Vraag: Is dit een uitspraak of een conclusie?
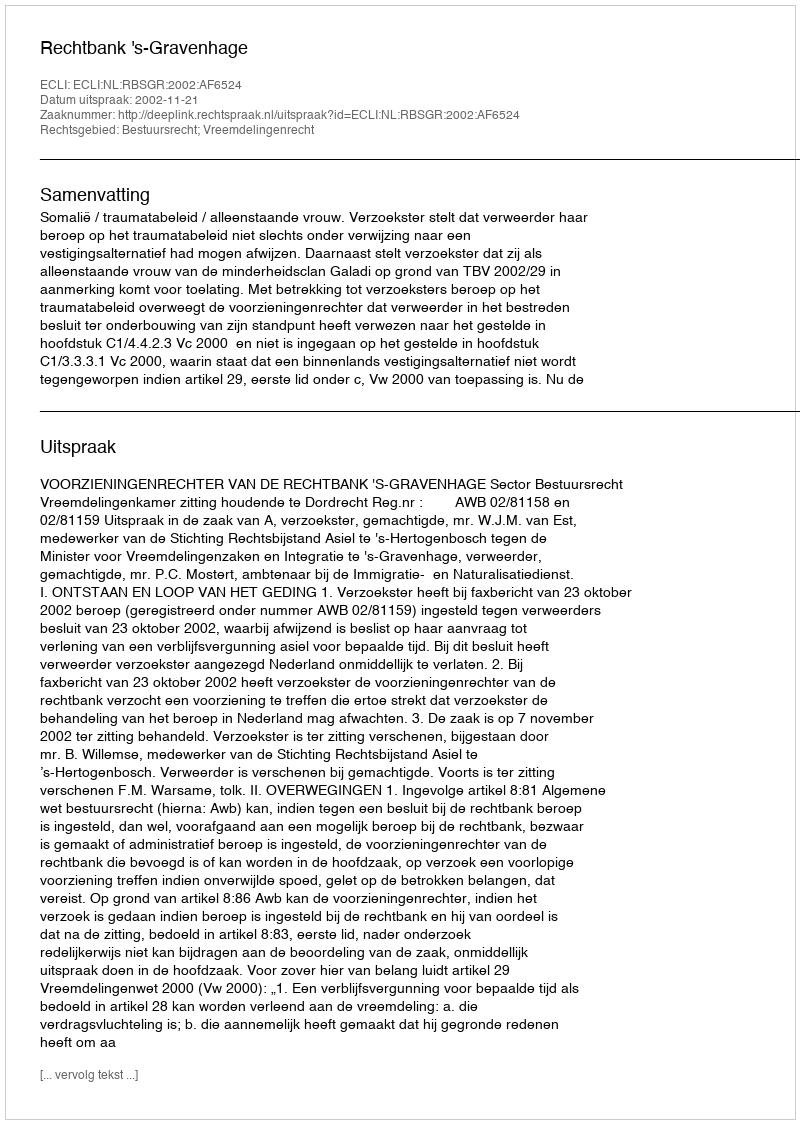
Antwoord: Uitspraak